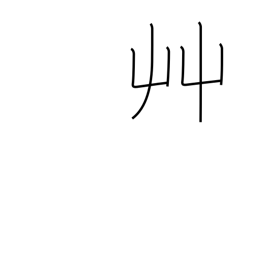
Meaning: grass radical (no. 140)